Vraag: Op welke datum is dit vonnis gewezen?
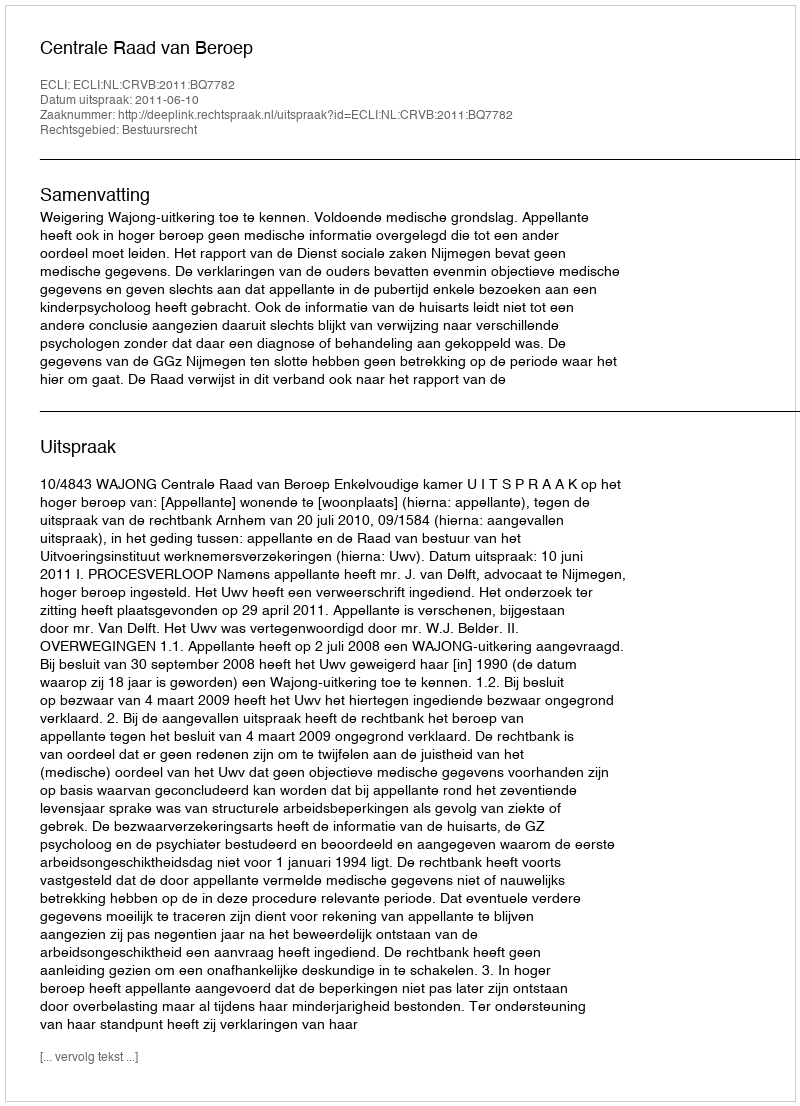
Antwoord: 2011-06-10